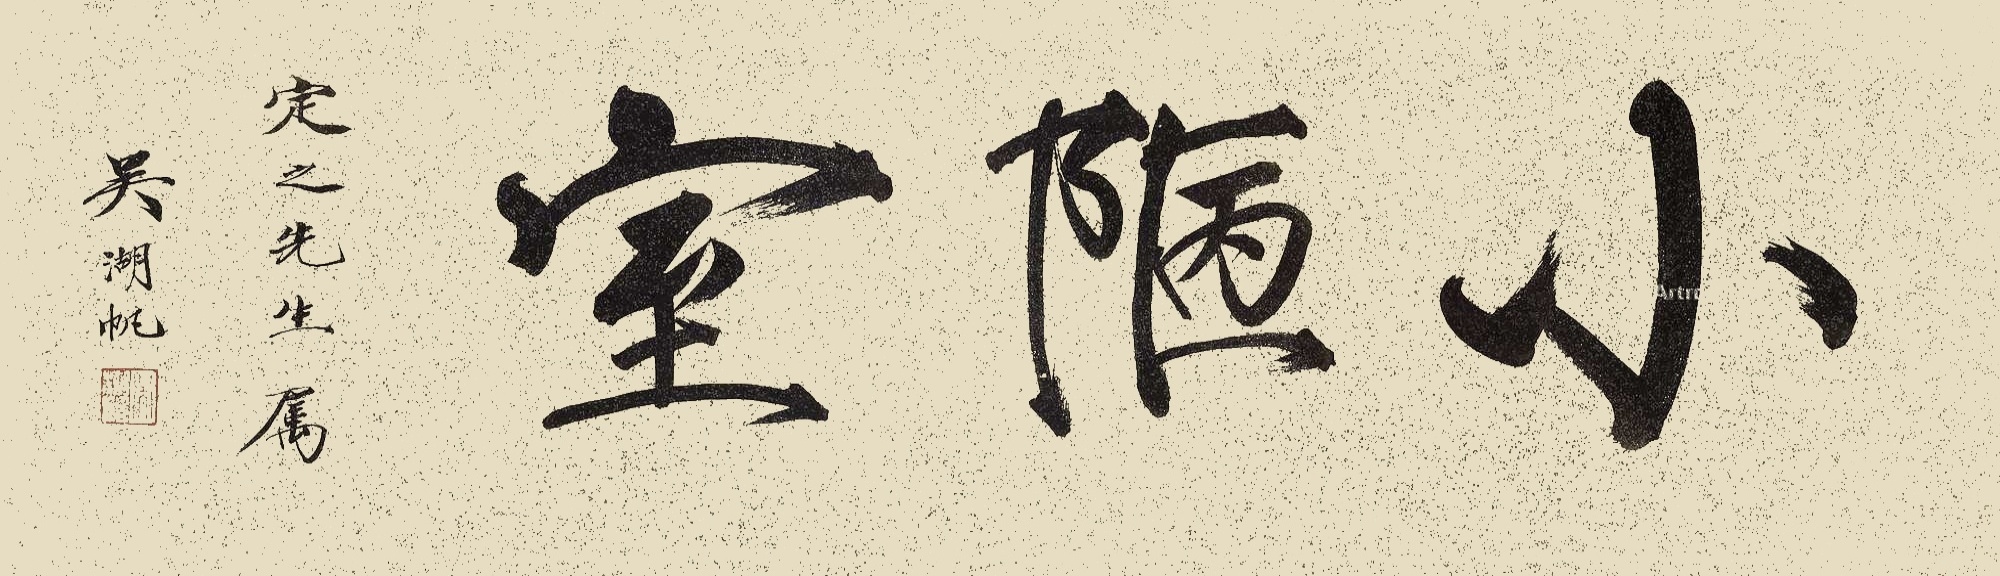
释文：小陋室。定之先生属，吴湖帆。